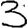
Digit: 3